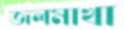
জলমাখা